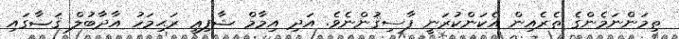
ތިމަންނަމެންގެ ތެރެއިން އެކަންކުރަނީ ފާސިޤުންނެވެ. އަދި އިމާމް ޝާފިޢީ ރަޙިމަހު އާދާބުލް ޤަޟާގައި